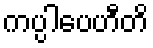
ကပ္ပါပေဟီတိ